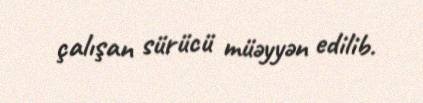
çalışan sürücü müəyyən edilib.